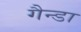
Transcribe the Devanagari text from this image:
गैन्डा